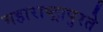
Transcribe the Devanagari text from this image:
महाराष्ट्रापुरते